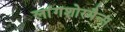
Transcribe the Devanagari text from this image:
लांगशोरमैन्स